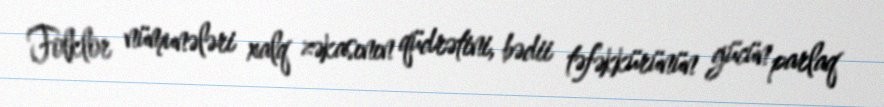
Folklor nümunələri xalq zəkasının qüdrətini, bədii təfəkkürünün gücün parlaq